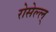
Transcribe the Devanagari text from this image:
रोसेल्ल्